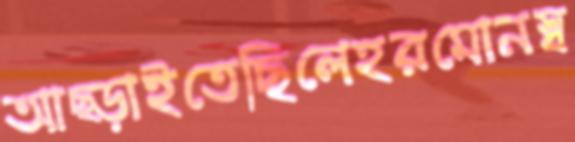
আছ্‌ড়াইতেছিলেহরমোনস্ব